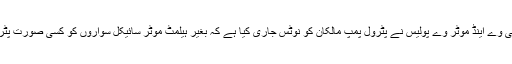
کراچی جدت ویب ڈیسک ہائی وے اینڈ موٹر وے پولیس نے پٹرول پمپ مالکان کو نوٹس جاری کیا ہے کہ بغیر ہیلمٹ موٹر سائیکل سواروں کو کسی صورت پٹرو ل فروخت نہیں کیا جائے۔